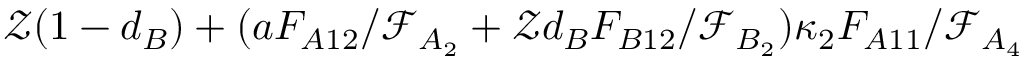
\mathcal { Z } ( 1 - d _ { B } ) + ( a F _ { A 1 2 } / \mathcal { F } _ { A _ { 2 } } + \mathcal { Z } d _ { B } F _ { B 1 2 } / \mathcal { F } _ { B _ { 2 } } ) \kappa _ { 2 } F _ { A 1 1 } / \mathcal { F } _ { A _ { 4 } }